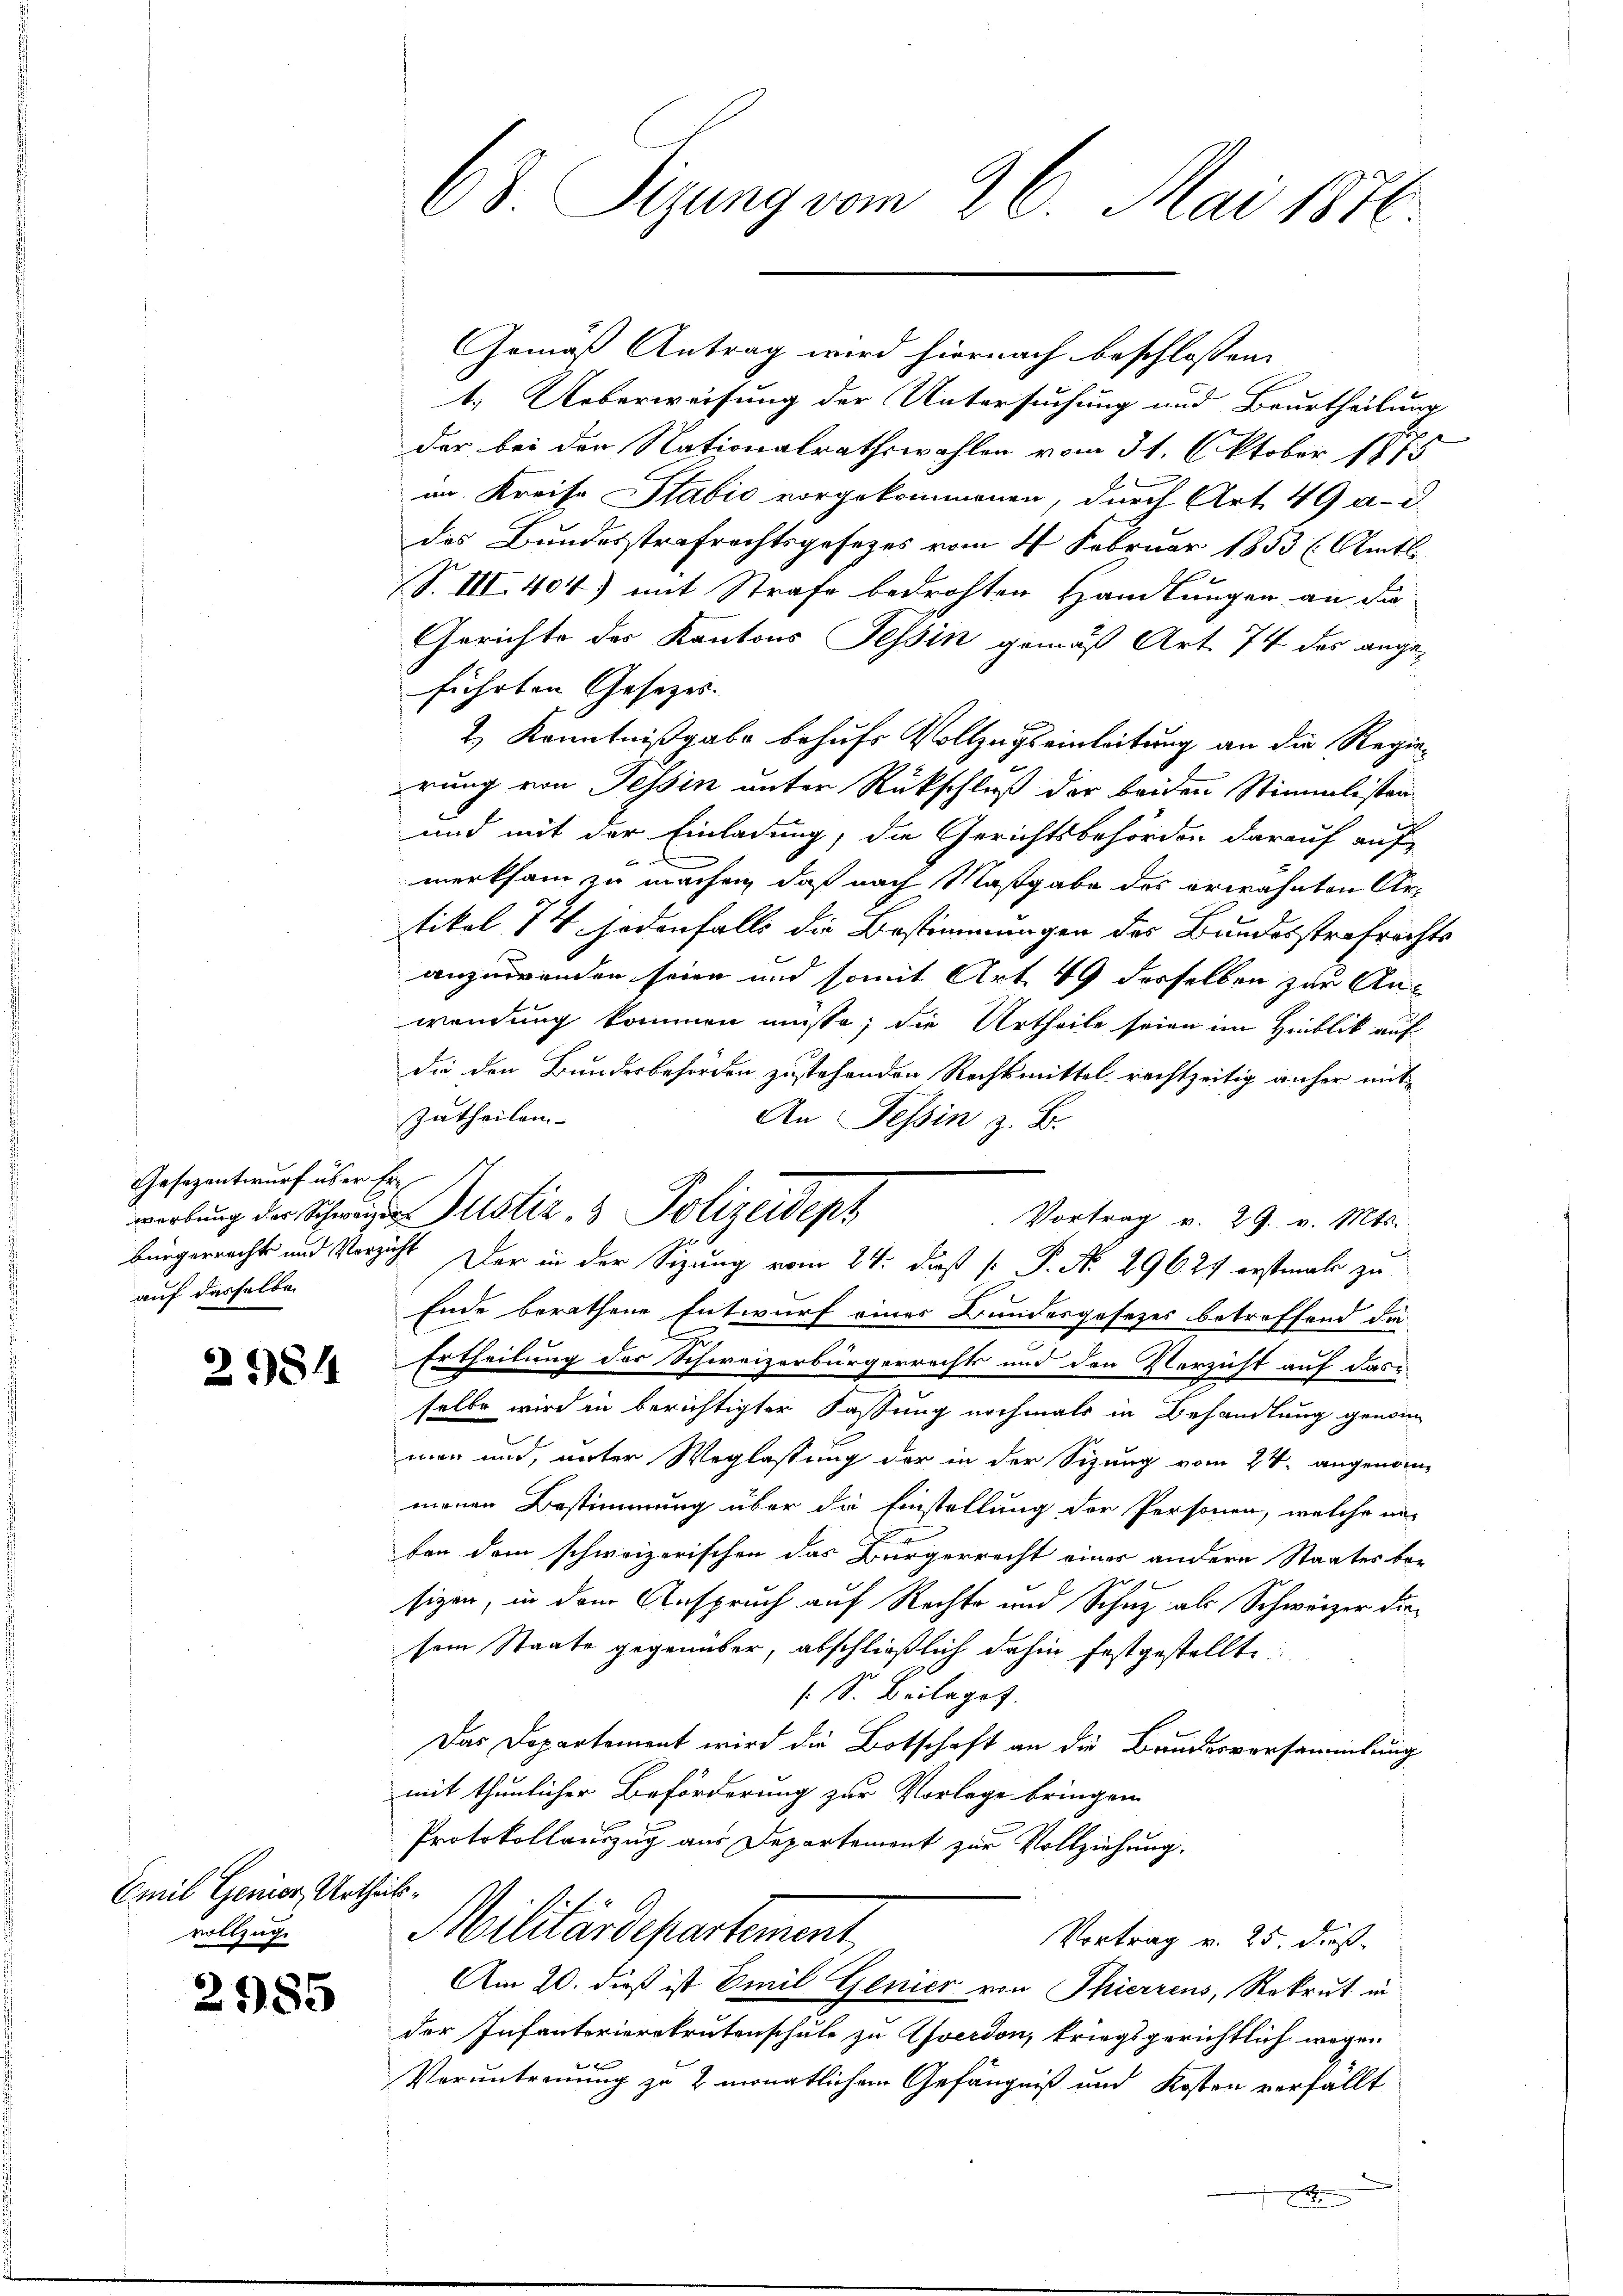
Gesezentwurf über Erauf dasselbe

29814

Emil Genier, Urtheils-
vollzuge

2985

68. Sizung vom 26. Mai 1876

Gemäß Antrag wird hiernach beschlossen:
1. Ueberweisung der Untersuchung und Beurtheilung
l
der bei der Nationalrathswahlen vom 31. Oktober 1875
in Kreise Stabić vorgekommenen, durch Art. 49 a.d.
des Bundesstrafrechtsgesezes vom 4. Februar 1853 (Amtl
S. III. 404) mit Strafe bedrohten Handlungen an die
Gerichte des Kantons Tessin gemäß Art. 74 des ange-
führten Gesetzes. |
2.) Kenntnißgabe behufs Vollzugs einleitung an die Regierung von Tessin unter Rückschluß der beiden Stimmlisten
und mit der Einladung, die Gerichtsbehörden darauf auf-
merksam zu machen, daß nach Maßgabe des erwähnten Artikel 14 jedenfalls die Bestimmungen des Bundesstrafrechts
anzuwenden seien und somit Art. 49 desselben zur Anwendung kommen müsse; die Urtheile seien im Hinblik auf
die den Bundesbehörden zustehenden Rechtsmittel rechtzeitig anher mitzutheilen
An Tessin z. B.
Vortrag v. 29. v. Mts.
bürgerrechts und Verzicht Der in der Sizung vom 24. daß P. No. 29627 erstmals zu
Ende berathene Entwurf eines Bundesgesetzes betroffend die
Ertheilung des Schweizerbürgerrechts und den Verzicht auf das
selbe wird in berichtigter Fassung nochmals in Behandlung genomm
men und, unter Weglassung der in der Sizung vom 24. angenommenen Bestimmung über die Einstellung der Personen, welche un-
E
ben dem schweizerischen das Bürgerrecht einer andern Staates besigen, in dem Anspruch auf Rechte und Schuz als Schweizer diesem Staate gegenüber, abschließlich dahin festgestellte
 S. Beilaget.
Das Departement wird die Botschaft an die Bundesversammlung
mit thunlicher Beförderung zur Vorlage bringen.
Protokollauszug aus Departement zur Vollziehung.
Militärdepartement
Vortrag u. 25. dieß.
Am 20. dieß ist Emil Genier von Thierzens, Rekrut in
der Infanterierekrutenschule zu Yverdon, kriegsgerichtlich wegen

Veruntreuung zu 2 monatlichem Gefängniß und Kosten verfällt

werbung der Schweizer Justiz- & Polizeidepz